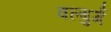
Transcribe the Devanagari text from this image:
वल्बुर्ग